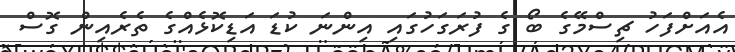
އެއަށްފަހު ޗިސްމޭގެ ބޯ ގެ ފުރަގަހުގައި އިންނަ ކުޑަ އަޑިކޮޅެއްގެ ތެރެއިން ގޮސް